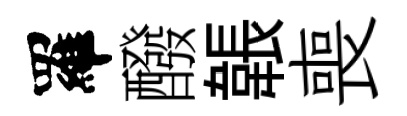
羅醱韔喪